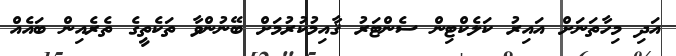
އަދި މިހާތަނަށް އައިރު ކަލެކްޓިން ސެންޓަރު ޤާއިމުކުރުމަށް ބޭނުންވާ ތަކެތީގެ ތެރެއިން ބައެއް